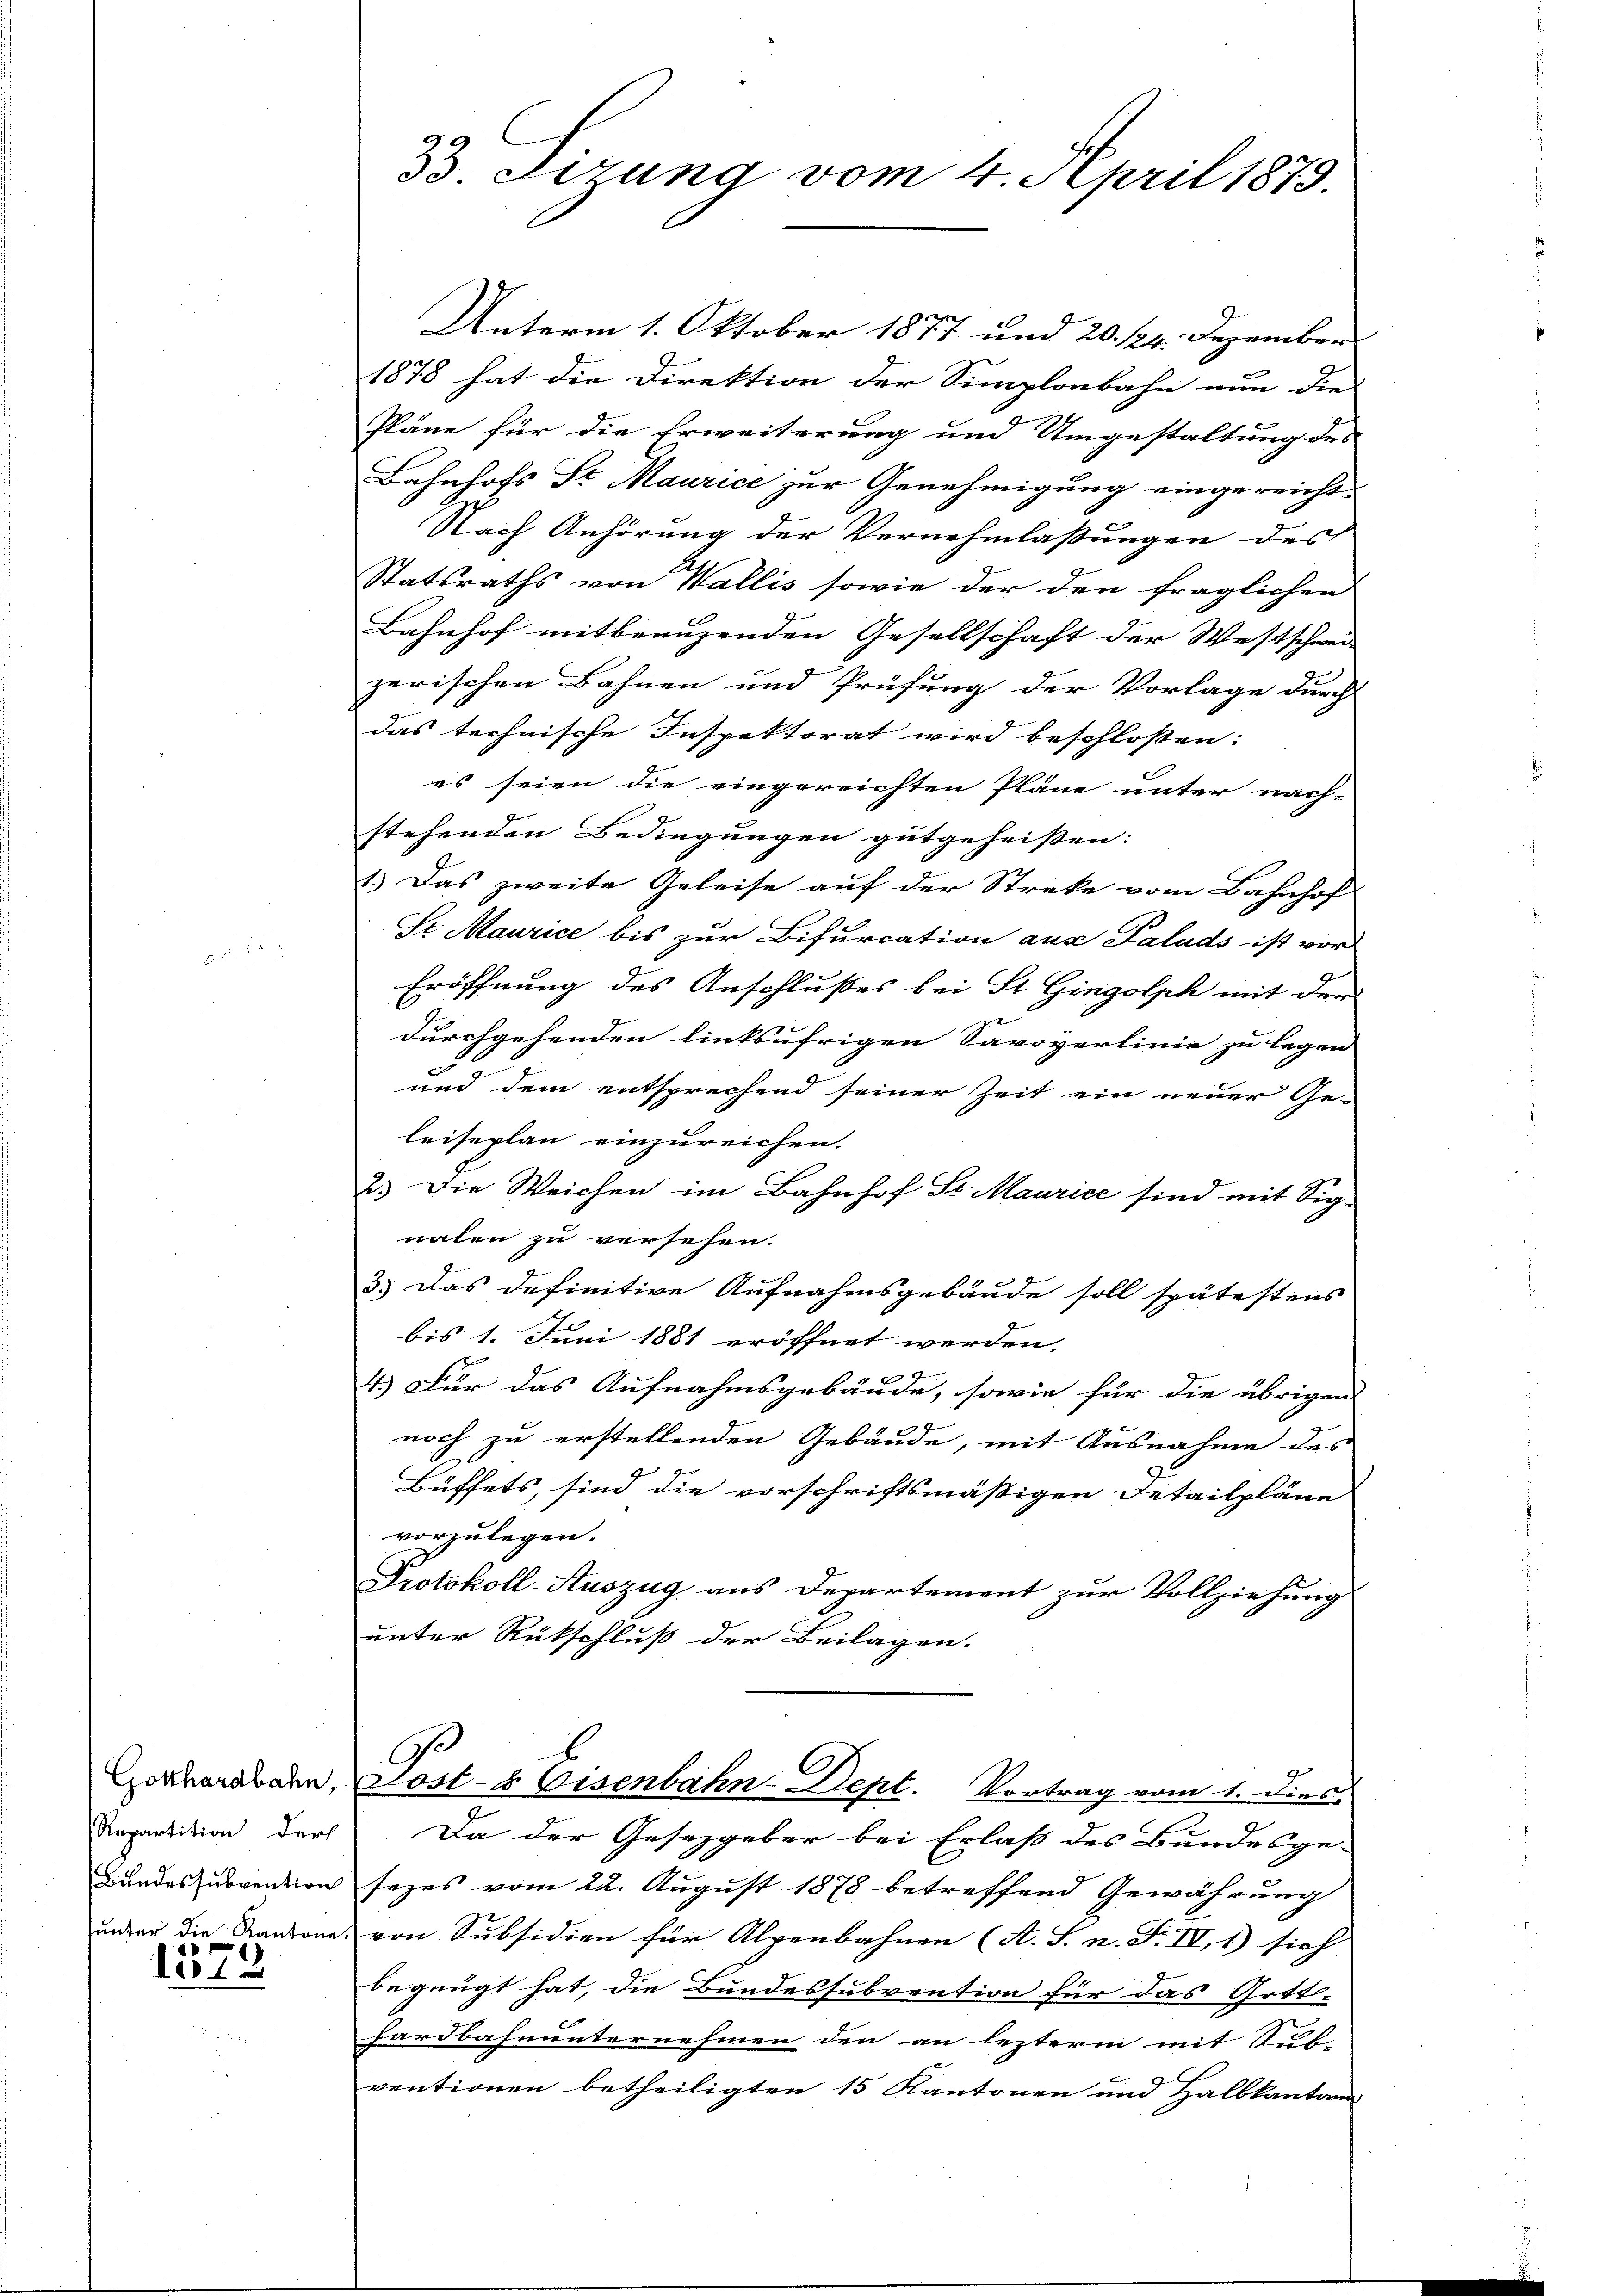
Repartition ders
Bundessubvention

1576

3 Firung vom 4. April 1879.

Unterm 1. Oktober 1877 und 20. 124. Dezember
1878 hat die Direktion der Simplonbahn nun die
Pläne für die Erweiterung und Umgestaltung des
Bahnhofs Sr Maurice zur Genehmigung eingereicht-
Nach Anhörung der Vernehmlassungen des
Statsraths von Wallis sowie der den fraglichen
Bahnhof mitbenuzenden Gesellschaft der Westschwei
zerischen Bahnen und Prüfung der Vorlage durch
das technische Inspektorat wird beschloßen:
es seien die eingereichten Pläne unter nach-
stehenden Bedingungen gutgeheißen:
1.) Das zweite Geleise auf der Streke vom Bahnhof
Sr Maurice bis zur Bifurcation aus Paluds ist vor
Eröffnung des Anschlußes bei St. Gingolph mit der
durchgehenden linksufrigen Savoyerlinie zu legen
und dem entsprechend seiner Zeit ein neuer Ge-
leiseplan einzureichen.
2.) Die Weichen im Bahnhof St. Maurice sind mit Sig-
naten zu versehen.
3.) Das definitive Aufnahmsgebäude soll spätestens
bis 1. Juni 1881 eröffnet werden.
4.) Für das Aufnahmsgebäude, sowie für die übrigen
noch zu erstellenden Gebäude, mit Ausnahme des
Büffets, sind die vorschriftsmäßigen Detailpläne
vorzulegen.
Protokoll-Auszug aus Departement zur Vollziehung
unter Rückschluß der Beilagen.
C
Hoanoraben, Lost- & Eisenbahn-Dept. Vortrag vom 1. Dies
Da der Gesetzgeber bei Erlaß des Bundesge-
sezes vom 22. August 1878 betreffend Gewährung
under die Kantone von Subsidien für Alpenbahnen (A. S. n. F. IV, 1) sich
begnügt hat, die Bundessubvention für das Gott-
hardbahnunternehmen den an lezterm mit Ruhe
ventionen betheiligten 15 Kantonen und Halbkanton